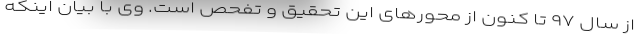
از سال ۹۷ تا کنون از محورهای این تحقیق و تفحص است. وی با بیان اینکه